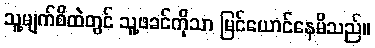
သူ့မျက်စိထဲတွင် သူ့ဖခင်ကိုသာ မြင်ယောင်နေမိသည်။